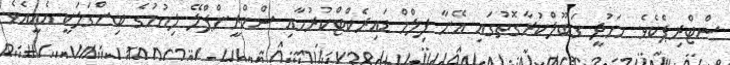
ސްޓްރިޕެކެވެ. މަހުދީ ގަބޫލްކުރާގޮތުގައި އޭނާ ފިލްމް ޑައިރެކްޓްކުރުމާއި ސްކްރީންޕްލޭ ލިޔުމުގެ ބިންގަލަކީ އެއީއެވެ.